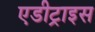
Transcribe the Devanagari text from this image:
एडीट्राइस